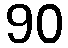
90